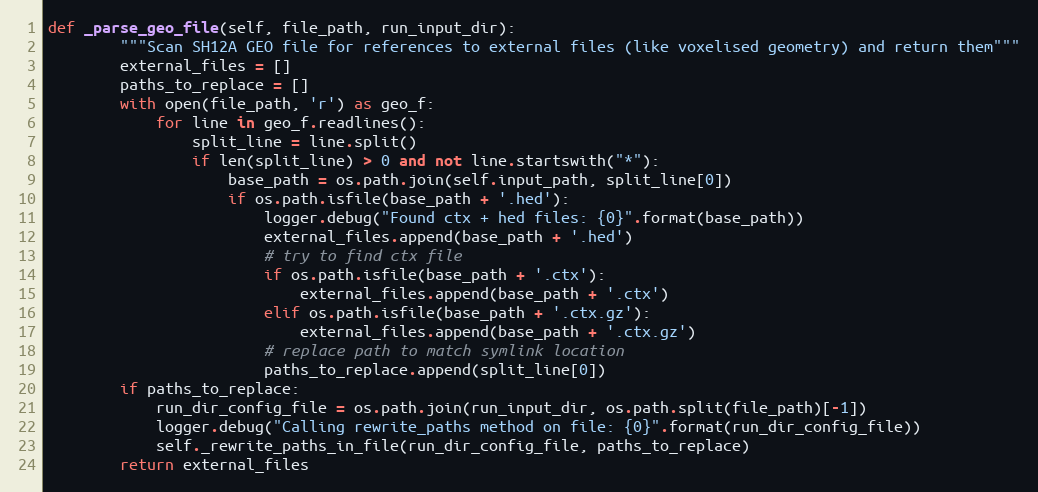
Language: Python
def _parse_geo_file(self, file_path, run_input_dir):
        """Scan SH12A GEO file for references to external files (like voxelised geometry) and return them"""
        external_files = []
        paths_to_replace = []
        with open(file_path, 'r') as geo_f:
            for line in geo_f.readlines():
                split_line = line.split()
                if len(split_line) > 0 and not line.startswith("*"):
                    base_path = os.path.join(self.input_path, split_line[0])
                    if os.path.isfile(base_path + '.hed'):
                        logger.debug("Found ctx + hed files: {0}".format(base_path))
                        external_files.append(base_path + '.hed')
                        # try to find ctx file
                        if os.path.isfile(base_path + '.ctx'):
                            external_files.append(base_path + '.ctx')
                        elif os.path.isfile(base_path + '.ctx.gz'):
                            external_files.append(base_path + '.ctx.gz')
                        # replace path to match symlink location
                        paths_to_replace.append(split_line[0])
        if paths_to_replace:
            run_dir_config_file = os.path.join(run_input_dir, os.path.split(file_path)[-1])
            logger.debug("Calling rewrite_paths method on file: {0}".format(run_dir_config_file))
            self._rewrite_paths_in_file(run_dir_config_file, paths_to_replace)
        return external_files